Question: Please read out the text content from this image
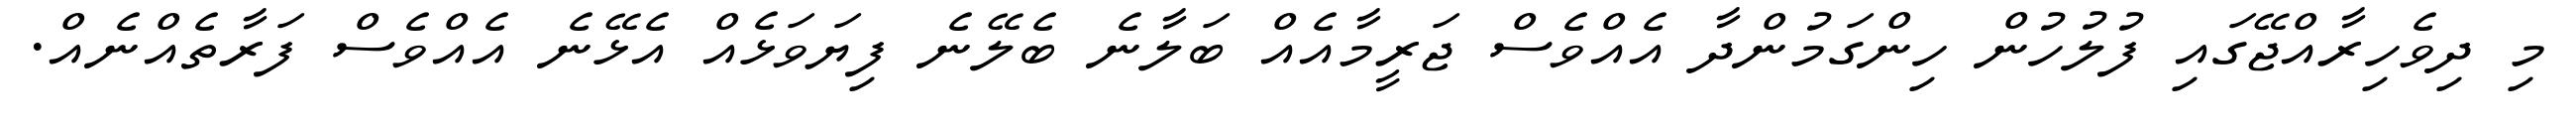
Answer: މި ދިވެހިރާއްޖޭގައި ފުލުހުން ހިންގަމުންދާ އެއްވެސް ޖަރީމާއެއް ބަލާނެ ބެލޭނެ ފިޔަވަޅެއް އެޅޭނެ އެއްވެސް ފަރާތެއްނެއް.